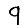
Digit: 9